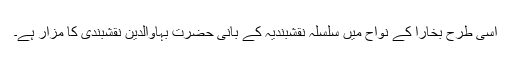
اسی طرح بخارا کے نواح میں سلسلہ نقشبندیہ کے بانی حضرت بہاؤالدین نقشبندی کا مزار ہے۔